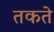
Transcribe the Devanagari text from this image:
तकते